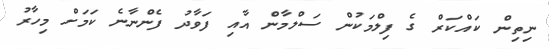
ނިތިން ކައްކަރް ގެ ފިލްމަކުން ސަލްމާން އާއި ފަވާދު ފެންނާނެ ކަމަށް މިހާރު